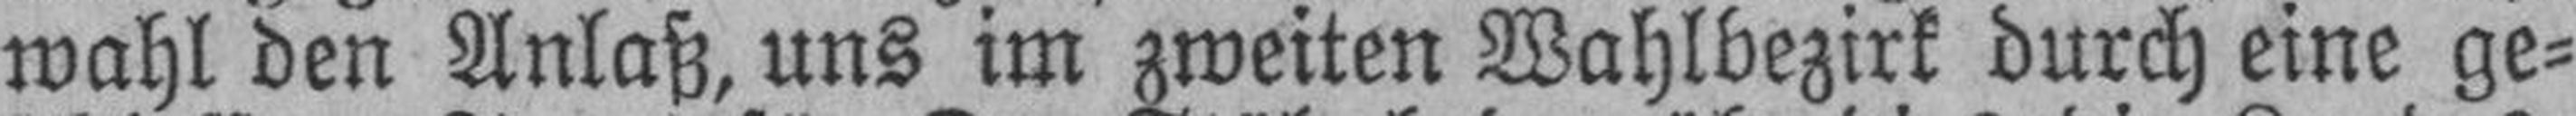
wahl den Anlaß, uns im zweiten Wahlbezirk durch eine ge¬